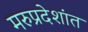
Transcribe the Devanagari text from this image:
मरुप्रदेशांत